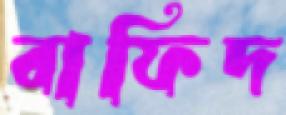
বাফিদ